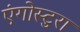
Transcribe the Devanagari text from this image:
एंगोस्टुरा